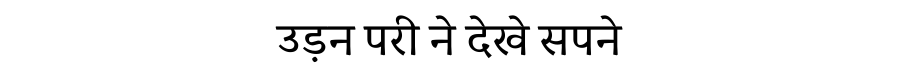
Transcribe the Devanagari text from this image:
उड़न परी ने देखे सपने